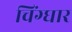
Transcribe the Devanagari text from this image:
चिंग्घार